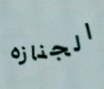
الجنازه